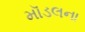
મૉડલના